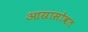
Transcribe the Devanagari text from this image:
आग्रासोबत